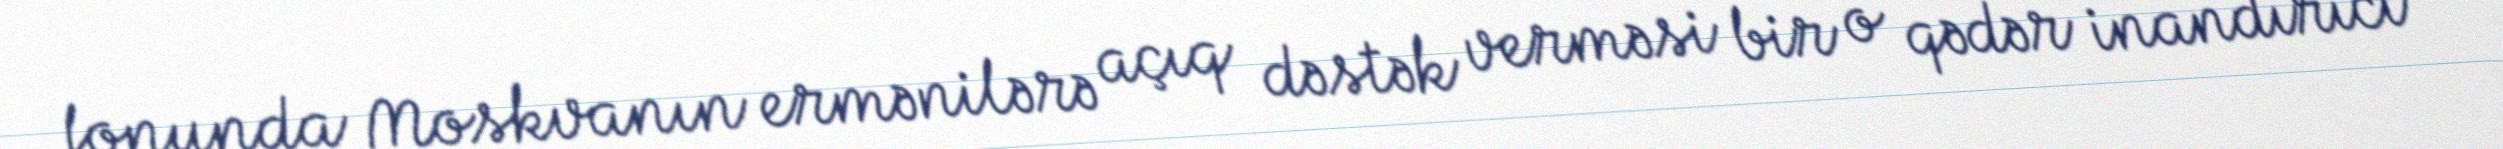
fonunda Moskvanın ermənilərə açıq dəstək verməsi bir o qədər inandırıcı